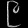
Digit: ၉